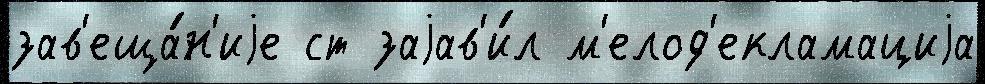
зав'еща́н'иjе ст заjав'и́л м'елод'екламациjа